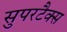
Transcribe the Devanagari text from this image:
सुपरटैक्स